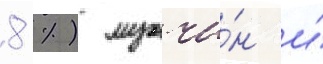
8 %) мужчи́н и́